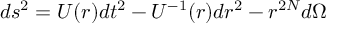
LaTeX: d s ^ { 2 } = U ( r ) d t ^ { 2 } - U ^ { - 1 } ( r ) d r ^ { 2 } - r ^ { 2 N } d \Omega